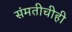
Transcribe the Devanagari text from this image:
संमतीचीही